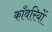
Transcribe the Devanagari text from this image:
काँवरियों